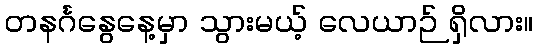
တနင်္ဂနွေနေ့မှာ သွားမယ့် လေယာဉ် ရှိလား။